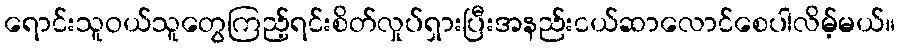
ရောင်းသူဝယ်သူတွေကြည့်ရင်းစိတ်လှုပ်ရှားပြီးအနည်းငယ်ဆာလောင်စေပါလိမ့်မယ်။